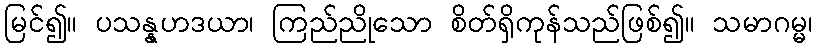
မြင်၍။ ပသန္နဟဒယာ၊ ကြည်ညိုသော စိတ်ရှိကုန်သည်ဖြစ်၍။ သမာဂမ္မ၊